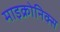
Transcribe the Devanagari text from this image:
माइक्रोनिक्स